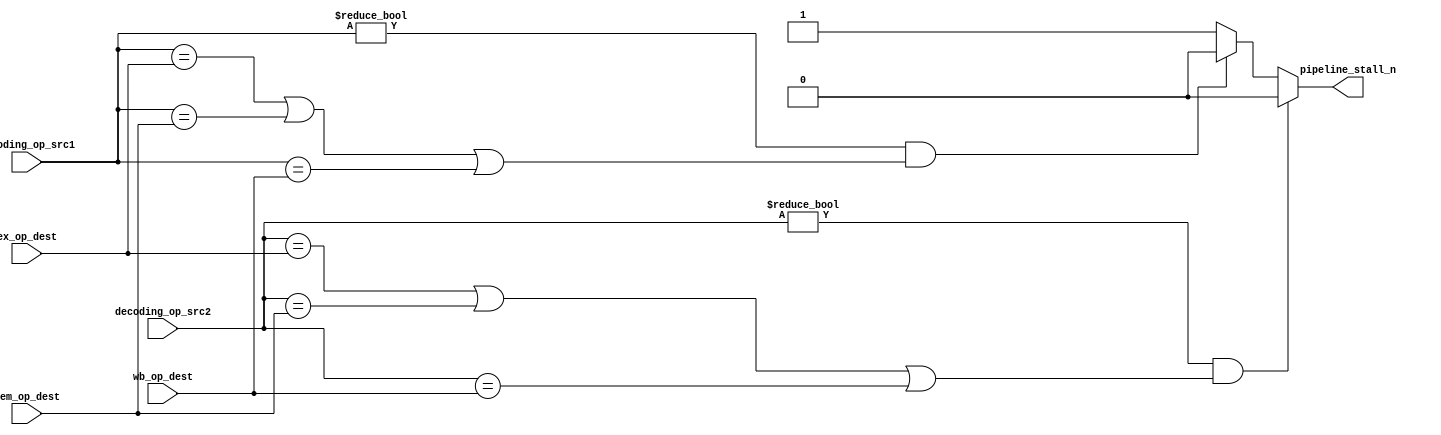
`define WIDTH				8
	`define	INSTR_MEM_ADDR_WIDTH	8
	`define DATA_MEM_ADDR_WIDTH		8
 
	/************** Operation Code in instructions ****************/
	`define OP_NOP			4'b0000
	`define OP_ADD			4'b0001
	`define OP_SUB			4'b0010
	`define OP_AND			4'b0011
	`define OP_OR			4'b0100
	`define OP_XOR			4'b0101
	`define OP_SL			4'b0110
	`define OP_SR			4'b0111
	`define OP_SRU			4'b1000
	`define OP_ADDI			4'b1001
	`define OP_LD			4'b1010
	`define OP_ST			4'b1011
	`define OP_BZ			4'b1100
	
	/************** ALU operation command ****************/
	//`define ALU_NC			3'bxxx		// not care
	`define ALU_ADD			3'b000
	`define ALU_SUB			3'b001
	`define ALU_AND			3'b010
	`define ALU_OR			3'b011
	`define ALU_XOR			3'b100
	`define ALU_SL			3'b101
	`define ALU_SR			3'b110
	`define ALU_SRU			3'b111
	
	/************** Branch condition code ****************/
	`define BRANCH_Z		3'b000
	//`define BRANCH_GT		3'b001
	//`define BRANCH_LE		3'b010
module hazard_detection_unit
(
	input		[2:0]		decoding_op_src1,		//ID stage source_1 register number
	input		[2:0]		decoding_op_src2,		//ID stage source_2 register number
	
	input		[2:0]		ex_op_dest,				//EX stage destinaton register number
	input		[2:0]		mem_op_dest,			//MEM stage destinaton register number
	input		[2:0]		wb_op_dest,				//WB stage destinaton register number
	
	output	reg				pipeline_stall_n		// Active low
);
	
	always @ (*) begin
		pipeline_stall_n = 1;
		
		if( decoding_op_src1 != 0 &&
			(
				decoding_op_src1 == ex_op_dest	||
				decoding_op_src1 == mem_op_dest	||
				decoding_op_src1 == wb_op_dest	
			)
		)
			pipeline_stall_n = 0;
			
		if( decoding_op_src2 != 0 &&
			(
				decoding_op_src2 == ex_op_dest	||
				decoding_op_src2 == mem_op_dest	||
				decoding_op_src2 == wb_op_dest	
			)
		)
			pipeline_stall_n = 0;
		
		
	end
	
	
	
endmodule